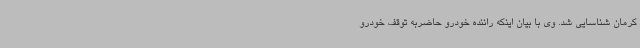
کرمان شناسایی شد. وی با بیان اینکه راننده خودرو حاضربه توقف خودرو